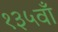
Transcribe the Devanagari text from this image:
१३५वाँ